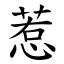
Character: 惹